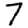
Digit: 7